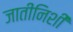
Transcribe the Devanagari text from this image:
जातीनिशी